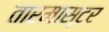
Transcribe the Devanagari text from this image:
तारमास्टर